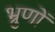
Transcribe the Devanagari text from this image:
भ्रुणों